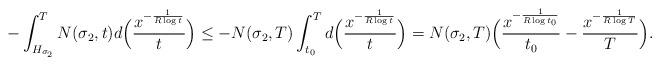
LaTeX: \begin{align*} - \int_{H_{\sigma_2}}^T N(\sigma_2,t) {d}\Big( \frac{x^{-\frac{1}{R\log t}}}{t} \Big) \le - N(\sigma_2,T) \int_{t_0}^T {d}\Big( \frac{x^{-\frac{1}{R\log t }}}{t} \Big) = N(\sigma_2,T) \Big( \frac{x^{-\frac{1}{R\log t_0 }}}{t_0} - \frac{x^{-\frac{1}{R\log T }}}{T}\Big) .\end{align*}